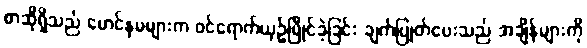
စာဆိုရှိသည် မောင်နှမများက ဝင်ရောက်ယှဉ်ပြိုင်ခဲ့ခြင်း ချက်ပြုတ်ပေးသည် အချိန်များကို